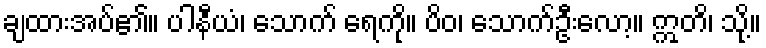
ချထားအပ်၏။ ပါနီယံ၊ သောက် ရေကို။ ပိဝ၊ သောက်ဦးလော့။ ဣတိ၊ သို့။